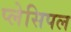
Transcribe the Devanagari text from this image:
प्लेसिपल